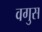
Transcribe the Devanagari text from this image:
वगुस